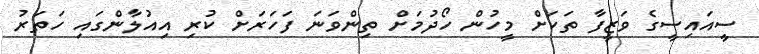
ސީއައިސީގެ ވަޒީފާ ތަކަށް މީހުން ހޯދުމަށް ތިންވަނަ ފަހަރަށް ކުރި އިއުލާންގައި ހަތަރު